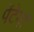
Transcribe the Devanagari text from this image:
पेंटेनों